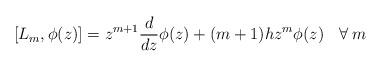
LaTeX: \begin{align*}\left[L_{m},\phi (z)\right]=z^{m+1}\frac{d}{dz}\phi (z)+(m+1)h z^{m}\phi (z) \:\:\:\:\forall\: m \end{align*}